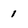
Character: 1